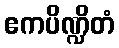
ဧကပိဏ္ဍိတံ